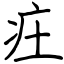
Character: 㽵